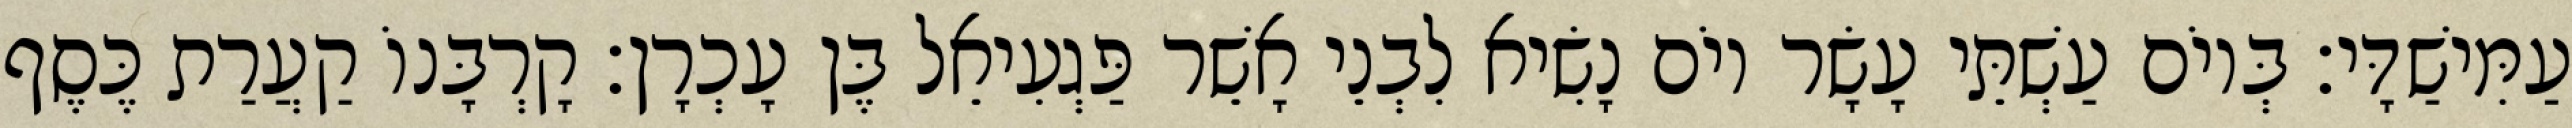
עַמִּישַׁדָּי׃ בְּיוֹם עַשְׁתֵּי עָשָׂר יוֹם נָשִׂיא לִבְנֵי אָשֵׁר פַּגְעִיאֵל בֶּן עָכְרָן׃ קָרְבָּנוֹ קַעֲרַת כֶּסֶף